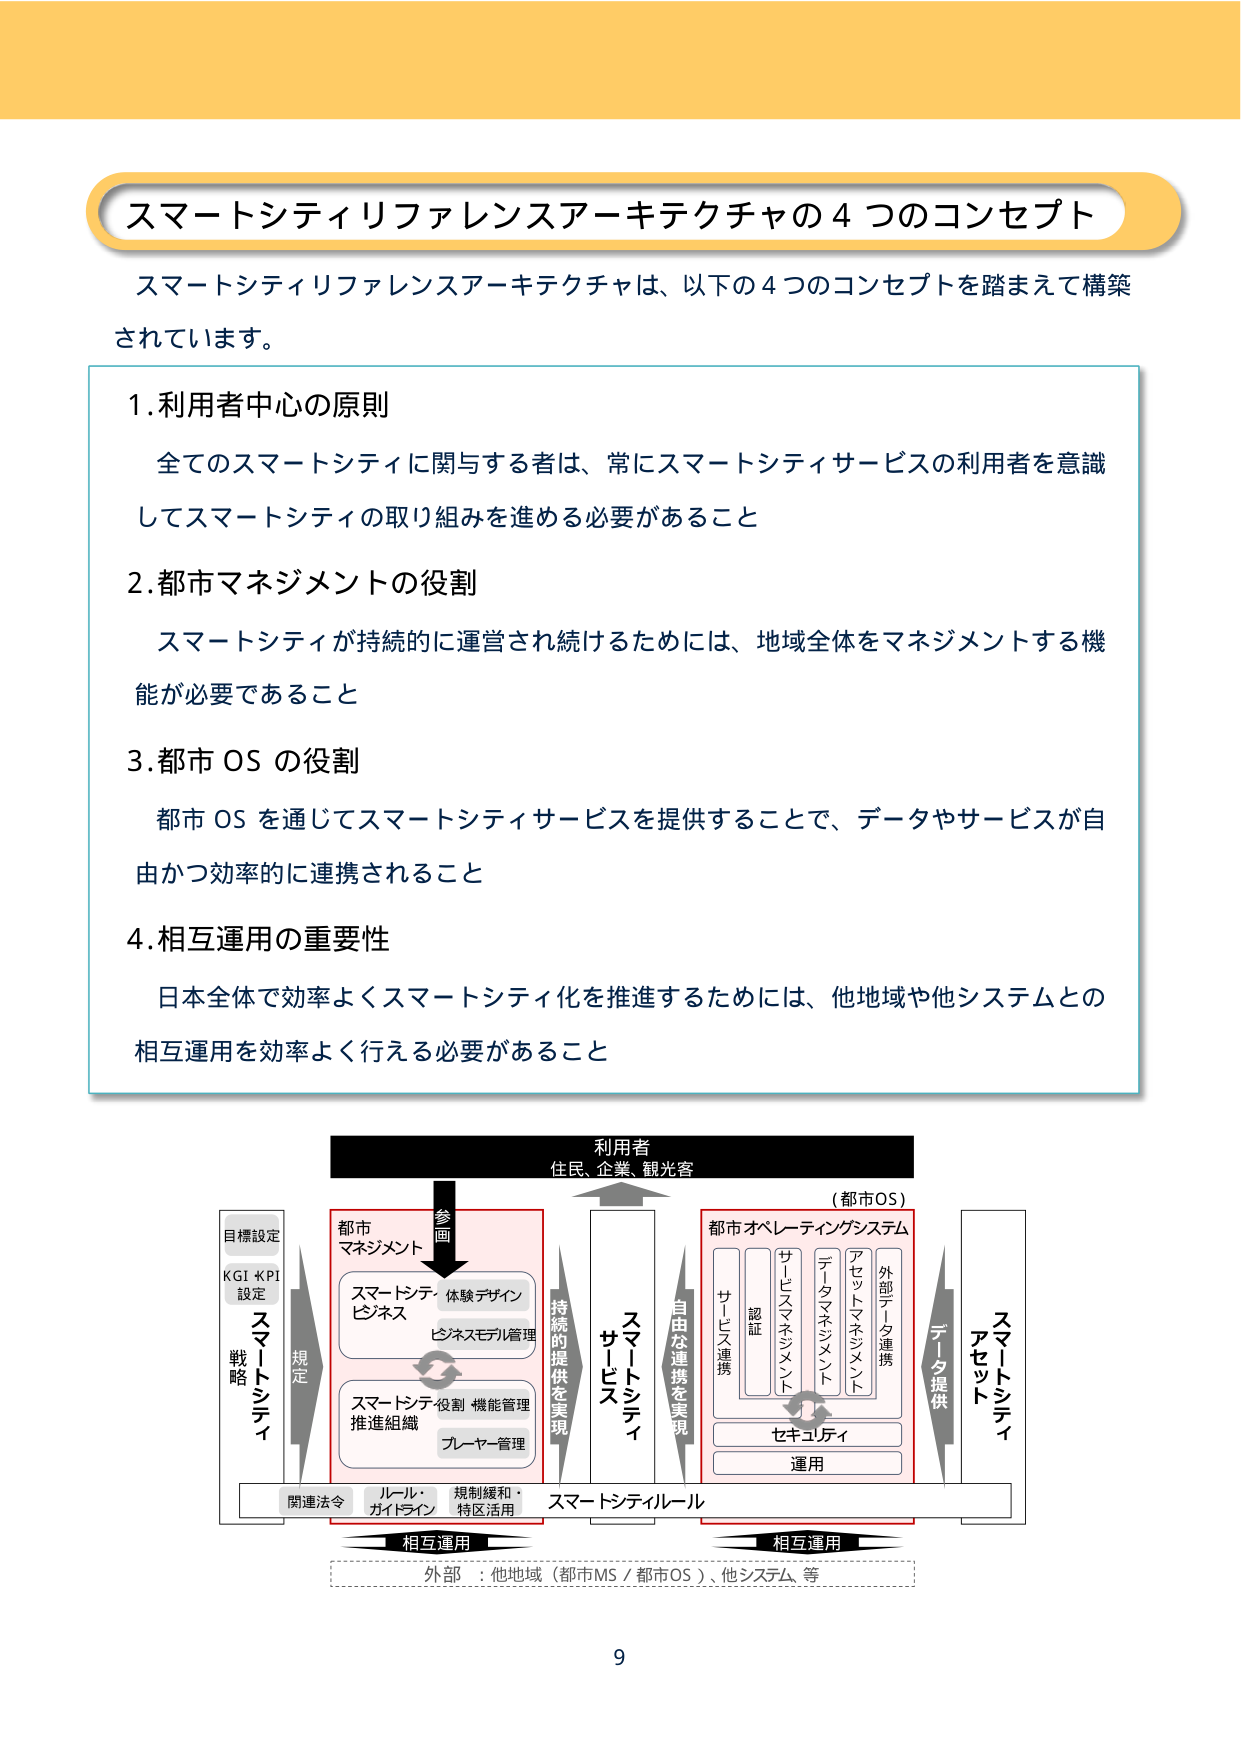
スマートシティリファレンスアーキテクチャの４つのコンセプト

スマートシティリファレンスアーキテクチャは、以下の４つのコンセプトを踏まえて構築されています。

1. 利用者中心の原則
　全てのスマートシティに関与する者は、常にスマートシティサービスの利用者を意識してスマートシティの取り組みを進める必要があること

2. 都市マネジメントの役割
　スマートシティが持続的に運営され続けるためには、地域全体をマネジメントする機能が必要であること

3. 都市OSの役割
　都市OSを通じてスマートシティサービスを提供することで、データやサービスが自由かつ効率的に連携されること

4. 相互運用の重要性
　日本全体で効率よくスマートシティ化を推進するためには、他地域や他システムとの相互運用を効率よく行える必要があること

利用者
住民、企業、観光客

（都市OS）

都市マネジメント
　スマートシティ体験デザイン
　ビジネス
　ビジネスモデル管理
　スマートシティ役割・機能管理
　推進組織
　プレイヤー管理

参画

戦略シティ
目標設定
KGI・KPI設定

規定

関連法令
ルール・ガイドライン
規制緩和・特区活用

スマートシティルール

持続的提供を実現

スマートシティ
サービス

自由な連携を実現

都市オペレーティングシステム
　サービスマネジメント
　データマネジメント
　アセットマネジメント
　外部データ連携
　認証
　サービス連携

セキュリティ
運用

データ提供

スマートシティ
アセット

相互運用
外部：他地域（都市MS／都市OS）、他システム、等

相互運用

9